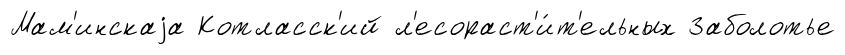
Мам'инскаjа Котласск'ий л'есораст'и́т'ельных Заболотье